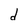
Character: d